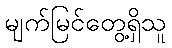
မျက်မြင်တွေ့ရှိသူ